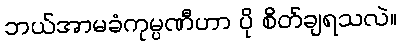
ဘယ်အာမခံကုမ္ပဏီဟာ ပို စိတ်ချရသလဲ။